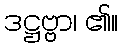
ဒဋ္ဌဗ္ဗာ၊ ၏။